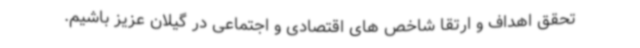
تحقق اهداف و ارتقا شاخص های اقتصادی و اجتماعی در گیلان عزیز باشیم.